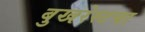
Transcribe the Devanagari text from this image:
बुखरेस्टचा